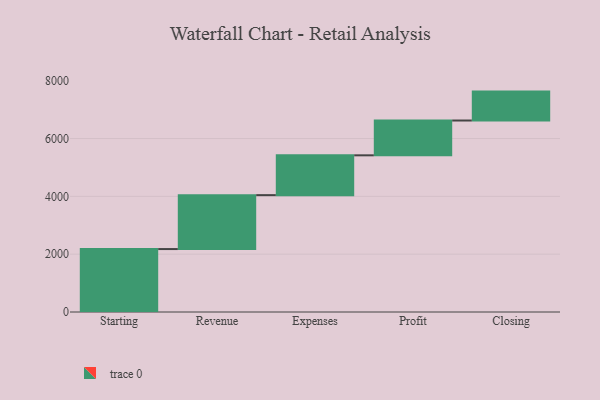
{"axis": {"x": "Step", "y": "Value"}, "legend": [""], "data": [{"x": "Starting", "y": 2177.0, "type": ""}, {"x": "Revenue", "y": 1865.0, "type": ""}, {"x": "Expenses", "y": 1377.0, "type": ""}, {"x": "Profit", "y": 1204.0, "type": ""}, {"x": "Closing", "y": 1000, "type": ""}]}